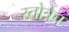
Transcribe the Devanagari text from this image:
स्तोत्रेच